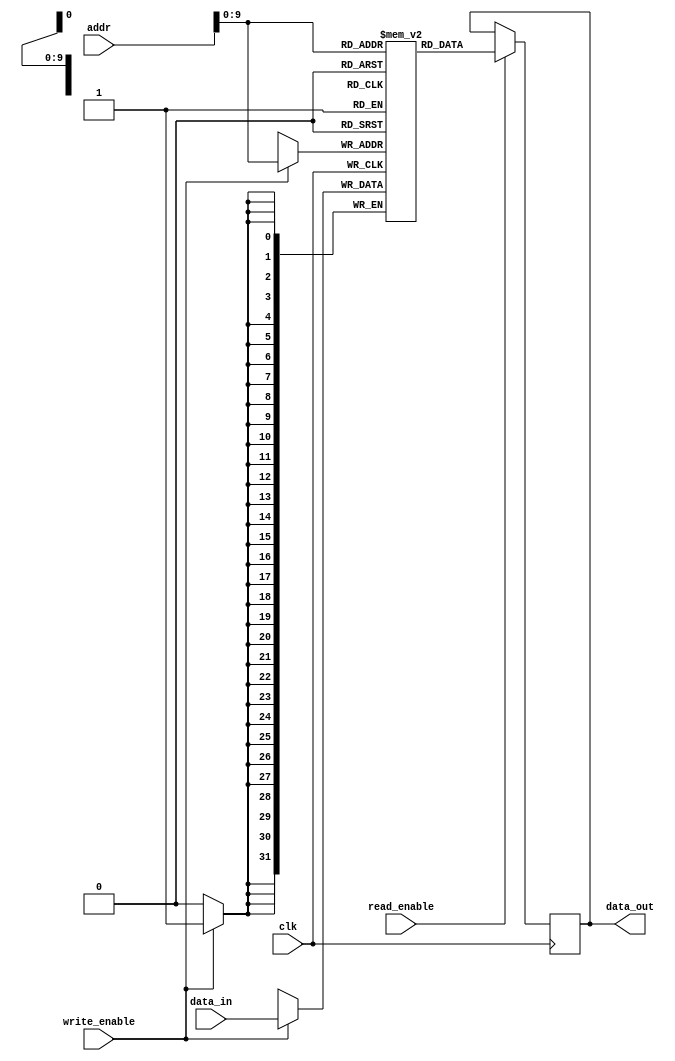
module dual_port_ram (
    input [31:0] addr,
    input [31:0] data_in,
    input read_enable,
    input write_enable,
    input clk,
    output reg [31:0] data_out
);

reg [31:0] memory [0:1023];

always @ (posedge clk) begin
    if (read_enable) begin
        data_out <= memory[addr];
    end
    if (write_enable) begin
        memory[addr] <= data_in;
    end
end

endmodule